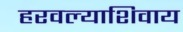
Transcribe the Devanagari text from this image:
हरवल्याशिवाय